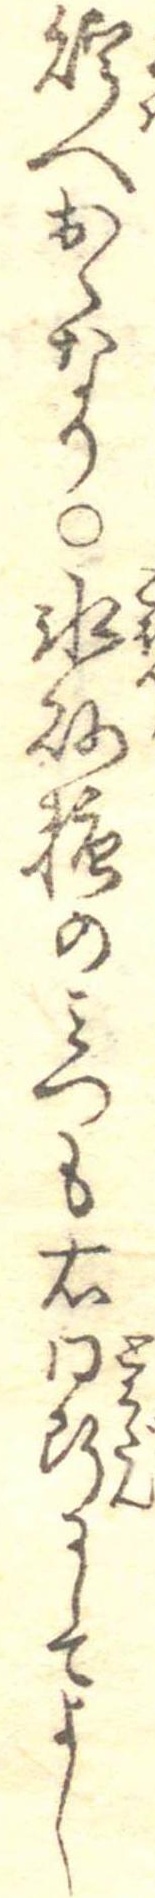
貯へおくなり○氷砂糖のみつも右同断にしてよし